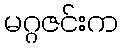
မဂ္ဂဇင်းက